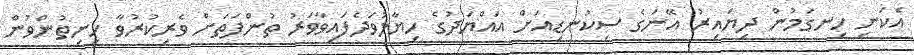
އެކަނި ހިނގަމުން ދިޔައިރު އޭނަގެ ސިކުނޑިއަށް އައްޔަދުގެ ހިޔާލުވަދެފައިވާވަރު ތުންފަތަށް ވެރިކުރުވާ ހިނިތުންވުން